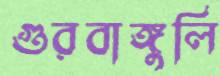
গুরবাঙ্গুলি